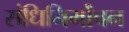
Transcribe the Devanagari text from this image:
संधिनिर्मोंचन